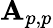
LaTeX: \mathbf{A}_{p,p}